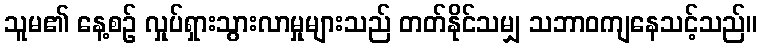
သူမ၏ နေ့စဉ် လှုပ်ရှားသွားလာမှုများသည် တတ်နိုင်သမျှ သဘာဝကျနေသင့်သည်။